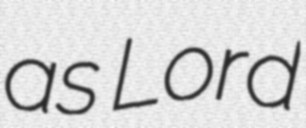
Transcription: as Lord